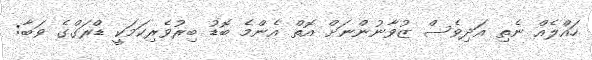
ހައްލެއް ނެތި އަދިވެސް ޒުވާނުންނަށް އޮތް އެންމެ ބޮޑު ބިރުވެރިކަމަކީ ޑްރަގްގެ ވަބާ: